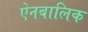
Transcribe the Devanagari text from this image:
ऐनबालिक